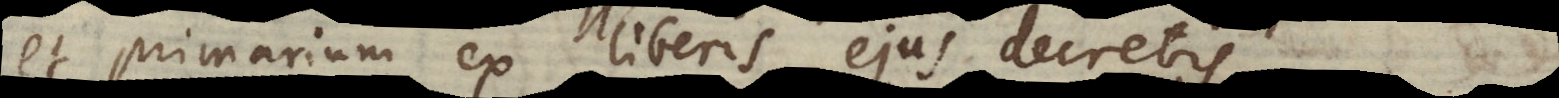
et primarium ex liberis ejus decretis.